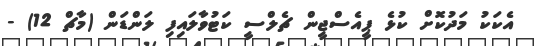
އެކަކު މަދުކޮށް ކުޅެ ޕީއެސްޖީން ޗެލްސީ ކަޓުވާާާލައިފި ލަންޑަން (މާޗް 12) -